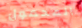
المحمول